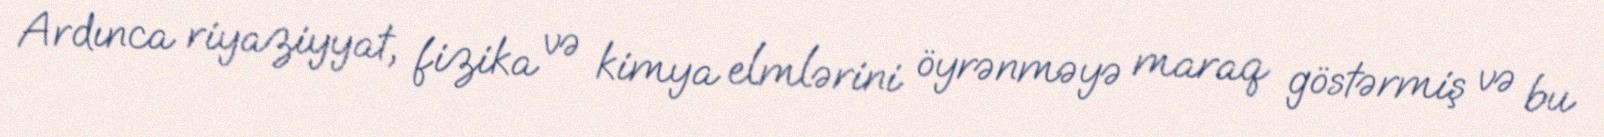
Ardınca riyaziyyat, fizika və kimya elmlərini öyrənməyə maraq göstərmiş və bu